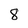
Character: 8